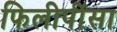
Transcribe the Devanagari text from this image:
फिलीपींसा